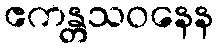
ဧကန္တသဝနေန